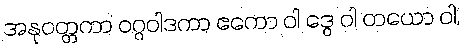
အနုဝတ္တကာ ဝဂ္ဂဝါဒကာ ဧကော ဝါ ဒွေ ဝါ တယော ဝါ,